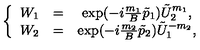
\left\{ \begin{array} { c c c } { W _ { 1 } } & { = } & { \exp ( - i \frac { m _ { 1 } } B \tilde { p } _ { 1 } ) \tilde { U } _ { 2 } ^ { m _ { 1 } } , } \\ { W _ { 2 } } & { = } & { \exp ( - i \frac { m _ { 2 } } B \tilde { p } _ { 2 } ) \tilde { U } _ { 1 } ^ { - m _ { 2 } } , } \\ \end{array} \right.